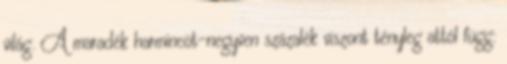
világ. A maradék harmincöt-negyven százalék viszont tényleg attól függ: